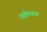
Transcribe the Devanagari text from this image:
मातीमधला